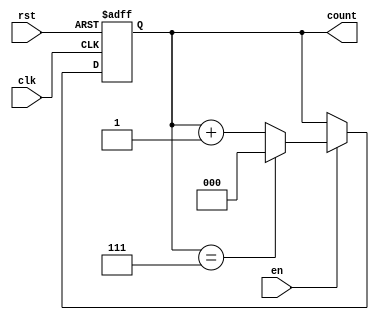
module binary_counter (
    input wire clk,      // Clock signal
    input wire rst,      // Asynchronous reset signal
    input wire en,       // Enable signal
    output reg [n-1:0] count // n-bit counter output
);
    parameter n = 3; // Number of bits for the counter (adjust as needed)
    parameter MAX_COUNT = (1 << n) - 1; // Maximum count value

    // Asynchronous reset and counting behavior
    always @(posedge clk or posedge rst) begin
        if (rst) begin
            count <= 0; // Reset the counter to 0
        end else if (en) begin
            if (count == MAX_COUNT) begin
                count <= 0; // Wrap around to 0 if max count is reached
            end else begin
                count <= count + 1; // Increment the counter
            end
        end
        // If en is low, do nothing (hold current value)
    end
endmodule